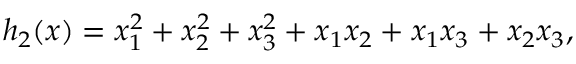
h _ { 2 } ( x ) = x _ { 1 } ^ { 2 } + x _ { 2 } ^ { 2 } + x _ { 3 } ^ { 2 } + x _ { 1 } x _ { 2 } + x _ { 1 } x _ { 3 } + x _ { 2 } x _ { 3 } ,